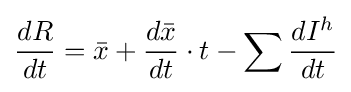
{\frac {dR}{dt}}={\bar {x}}+{\frac {d{\bar {x}}}{dt}}\cdot t-\sum {\frac {dI^{h}}{dt}}